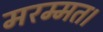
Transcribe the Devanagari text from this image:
मरम्मत।